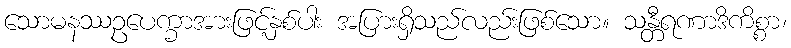
သောမနဿဥပေက္ခာအားဖြင့်နှစ်ပါး အပြားရှိသည်လည်းဖြစ်သော။ သန္တီရဏာဒိကိစ္စာ၊